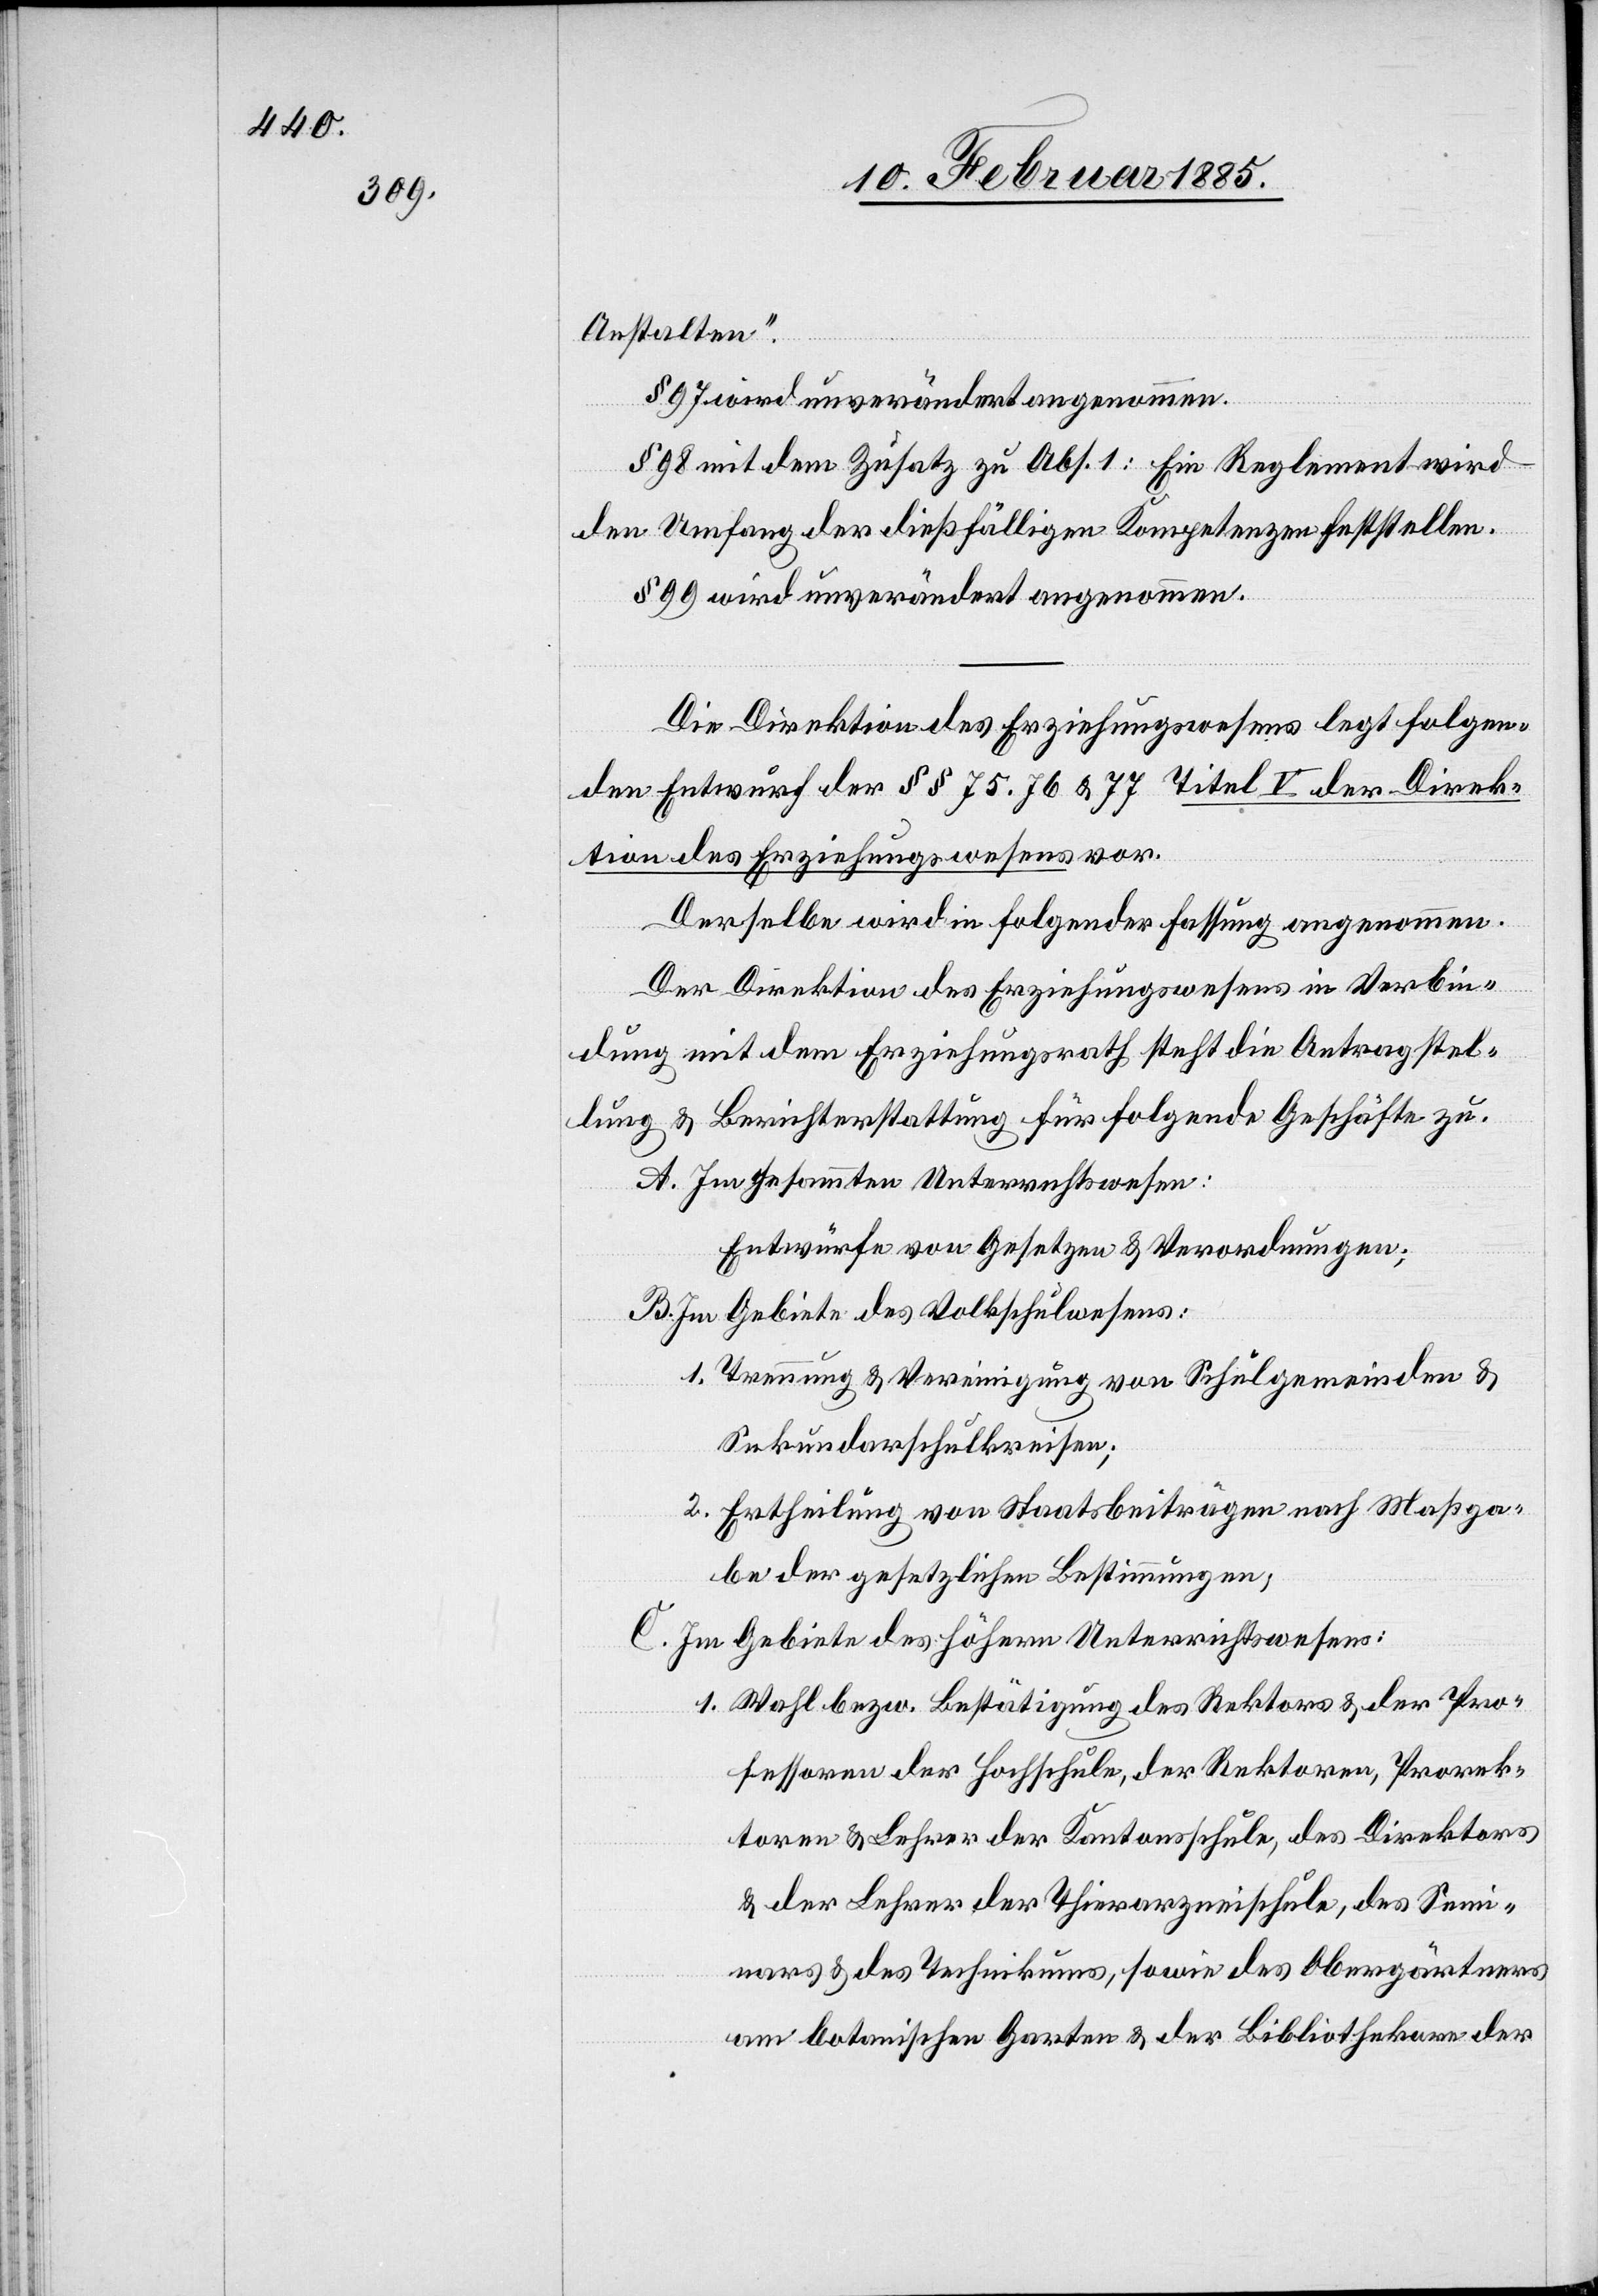
Anstalten.“
§ 97 wird unverändert angenommen.
§ 98 mit dem Zusatz zu Abs. 1: Ein Reglement wird
den Umfang der dießfälligen Kompetenzen feststellen.
§ 99 wird unverändert angenommen.
Die Direktion des Erziehungswesens legt folgen¬
den Entwurf der §§ 75, 76 & 77 Titel V der Direk¬
tion des Erziehungswesens vor.
Derselbe wird in folgender Fassung angenommen.
Der Direktion des Erziehungswesens in Verbin¬
dung mit dem Erziehungsrath steht die Antragstel¬
lung & Berichterstattung für folgende Geschäfte zu.
A. Im Gesammten Unterrichtswesen:
Entwürfe von Gesetzen & Verordnungen;
B. Im Gebiete des Volksschulwesens:
1. Trennung & Vereinigung von Schulgemeinden &
Sekundarschulgemeinden;
2. Ertheilung von Staatsbeiträgen nach Maßga¬
be der gesetzlichen Bestimmungen;
C. Im Gebiete des höhern Unterrichtswesens:
1. Wahl bezw. Bestätigung des Rektors & der Pro¬
fessoren der Hochschule, der Rektoren, Prorek¬
toren & Lehrer der Kantonsschule, des Direktors
& der Lehrer der Thierarzneischule, des Sem¬
inars & des Technikums, sowie des Obergärtners
am botanischen Garten & der Bibliothekare der